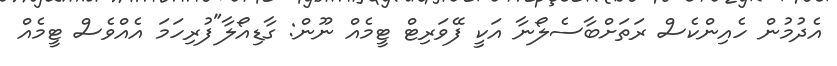
އެދުމުން ހެއިންކެސް ރަތަށްބާސެލޯނާ އަކީ ފޭވަރިޓް ޓީމެއް ނޫން: ގާޑިއޯލާ"ފުރިހަމަ އެއްވެސް ޓީމެއް